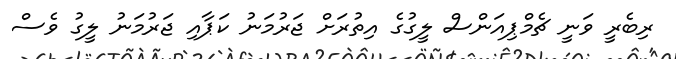
ރިބެރީ ވަނީ ޗެމްޕިއަންސް ލީގުގެ އިތުރަށް ޖަރުމަނު ކަޕާއި ޖަރުމަނު ލީގު ވެސް